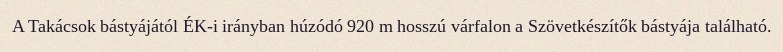
A Takácsok bástyájától ÉK-i irányban húzódó 920 m hosszú várfalon a Szövetkészítők bástyája található.